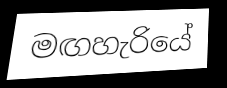
මඟහැරියේ